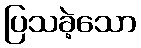
ပြသခဲ့သော